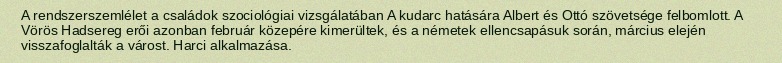
A rendszerszemlélet a családok szociológiai vizsgálatában A kudarc hatására Albert és Ottó szövetsége felbomlott. A Vörös Hadsereg erői azonban február közepére kimerültek, és a németek ellencsapásuk során, március elején visszafoglalták a várost. Harci alkalmazása.